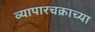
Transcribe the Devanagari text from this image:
व्यापारचक्राच्या